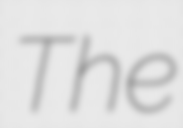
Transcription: The